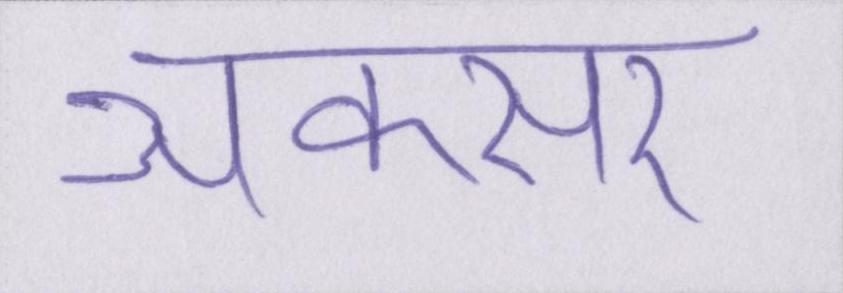
अकसर